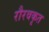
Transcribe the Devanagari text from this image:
रौरवकृत